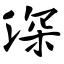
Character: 深